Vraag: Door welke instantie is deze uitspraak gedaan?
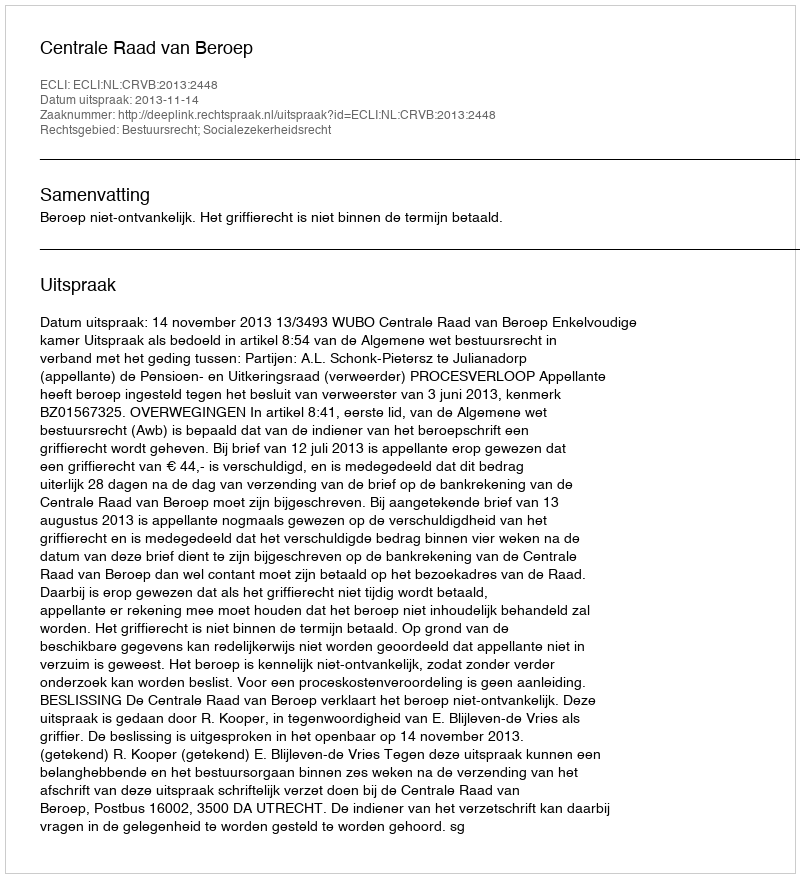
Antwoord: Centrale Raad van Beroep